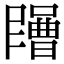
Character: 𡂶